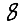
Digit: 8